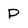
Character: P